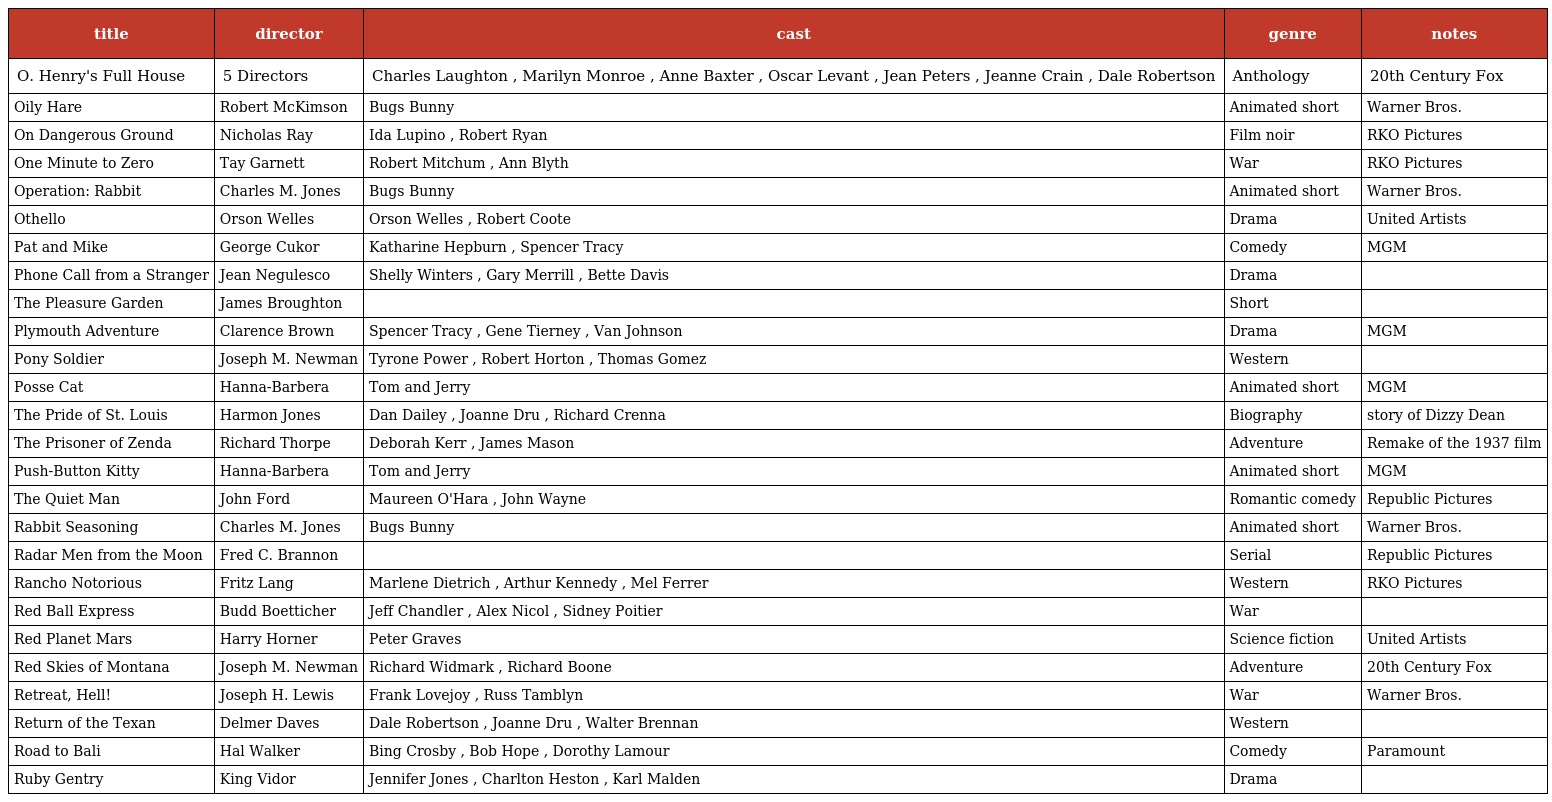
| title | director | cast | genre | notes |
 | --- | --- | --- | --- | --- |
 | O. Henry's Full House | 5 Directors | Charles Laughton , Marilyn Monroe , Anne Baxter , Oscar Levant , Jean Peters , Jeanne Crain , Dale Robertson | Anthology | 20th Century Fox |
 | Oily Hare | Robert McKimson | Bugs Bunny | Animated short | Warner Bros. |
 | On Dangerous Ground | Nicholas Ray | Ida Lupino , Robert Ryan | Film noir | RKO Pictures |
 | One Minute to Zero | Tay Garnett | Robert Mitchum , Ann Blyth | War | RKO Pictures |
 | Operation: Rabbit | Charles M. Jones | Bugs Bunny | Animated short | Warner Bros. |
 | Othello | Orson Welles | Orson Welles , Robert Coote | Drama | United Artists |
 | Pat and Mike | George Cukor | Katharine Hepburn , Spencer Tracy | Comedy | MGM |
 | Phone Call from a Stranger | Jean Negulesco | Shelly Winters , Gary Merrill , Bette Davis | Drama |  |
 | The Pleasure Garden | James Broughton |  | Short |  |
 | Plymouth Adventure | Clarence Brown | Spencer Tracy , Gene Tierney , Van Johnson | Drama | MGM |
 | Pony Soldier | Joseph M. Newman | Tyrone Power , Robert Horton , Thomas Gomez | Western |  |
 | Posse Cat | Hanna-Barbera | Tom and Jerry | Animated short | MGM |
 | The Pride of St. Louis | Harmon Jones | Dan Dailey , Joanne Dru , Richard Crenna | Biography | story of Dizzy Dean |
 | The Prisoner of Zenda | Richard Thorpe | Deborah Kerr , James Mason | Adventure | Remake of the 1937 film |
 | Push-Button Kitty | Hanna-Barbera | Tom and Jerry | Animated short | MGM |
 | The Quiet Man | John Ford | Maureen O'Hara , John Wayne | Romantic comedy | Republic Pictures |
 | Rabbit Seasoning | Charles M. Jones | Bugs Bunny | Animated short | Warner Bros. |
 | Radar Men from the Moon | Fred C. Brannon |  | Serial | Republic Pictures |
 | Rancho Notorious | Fritz Lang | Marlene Dietrich , Arthur Kennedy , Mel Ferrer | Western | RKO Pictures |
 | Red Ball Express | Budd Boetticher | Jeff Chandler , Alex Nicol , Sidney Poitier | War |  |
 | Red Planet Mars | Harry Horner | Peter Graves | Science fiction | United Artists |
 | Red Skies of Montana | Joseph M. Newman | Richard Widmark , Richard Boone | Adventure | 20th Century Fox |
 | Retreat, Hell! | Joseph H. Lewis | Frank Lovejoy , Russ Tamblyn | War | Warner Bros. |
 | Return of the Texan | Delmer Daves | Dale Robertson , Joanne Dru , Walter Brennan | Western |  |
 | Road to Bali | Hal Walker | Bing Crosby , Bob Hope , Dorothy Lamour | Comedy | Paramount |
 | Ruby Gentry | King Vidor | Jennifer Jones , Charlton Heston , Karl Malden | Drama |  |